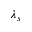
\lambda _ { s }